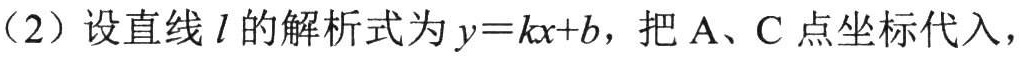
（2）设直线\(l\)的解析式为\(y = kx + b\)，把\(\text{A}\)、\(\text{C}\)点坐标代入，